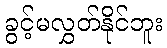
ခွင့်မလွှတ်နိုင်ဘူး